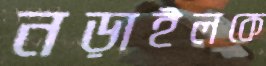
নড়াইলকে